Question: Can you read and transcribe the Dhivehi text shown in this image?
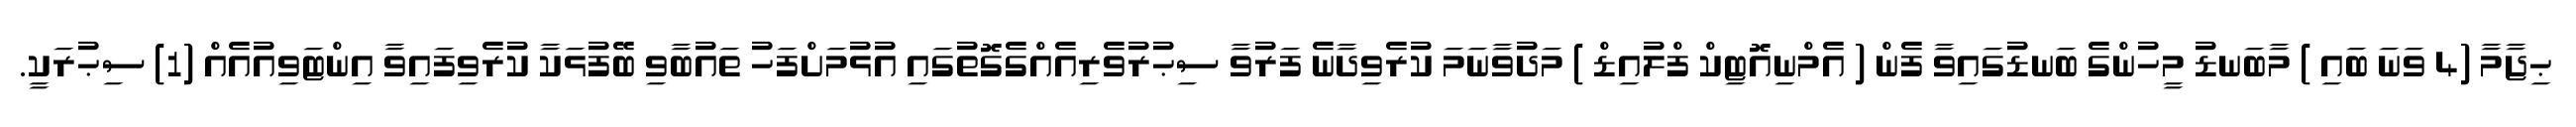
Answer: ޙިޖާމާ (4 ވަނަ ބައި ) މާބަނޑު މީހުންގެ ބަނޑުގައިވާ ފެން ( އެމްނިއޮޓިކް ފްލުއިޑް ) މަދުވާނަމަ ކުރެވިދާނެ ފަރުވާ ސިޙުރުވެރިއެއްގެގޮތުގައި އުޅުމަށްފަހު ތައުބާވި ބޭފުޅަކާ ކުރެވިފައިވާ އިންޓަވިއުއެއް (1) ސިޙުރަކީ.